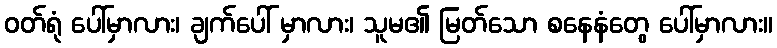
ဝတ်ရုံ ပေါ်မှာလား၊ ချက်ပေါ် မှာလား၊ သူမ၏ မြတ်သော စနေနံတွေ ပေါ်မှာလား။